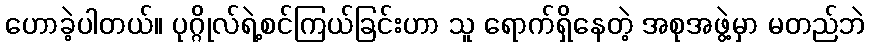
ဟောခဲ့ပါတယ်။ ပုဂ္ဂိုလ်ရဲ့စင်ကြယ်ခြင်းဟာ သူ ရောက်ရှိနေတဲ့ အစုအဖွဲ့မှာ မတည်ဘဲ